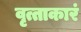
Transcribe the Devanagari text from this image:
वृत्ताकारं